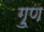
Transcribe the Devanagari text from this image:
गु्ण